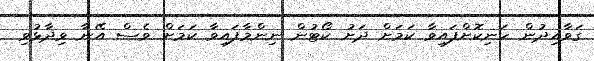
ގަވާއިދުން ހަނިކޮށްފައިވާ ކަމަށް ދަށު ކޯޓުން ނިންމާފައިވާ ކަމަށް ވެސް އޭނާ ވިދާޅުވި